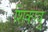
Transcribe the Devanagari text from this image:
शिकावु